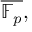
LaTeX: { \overline { { \mathbb { F } _ { p } } } } ,